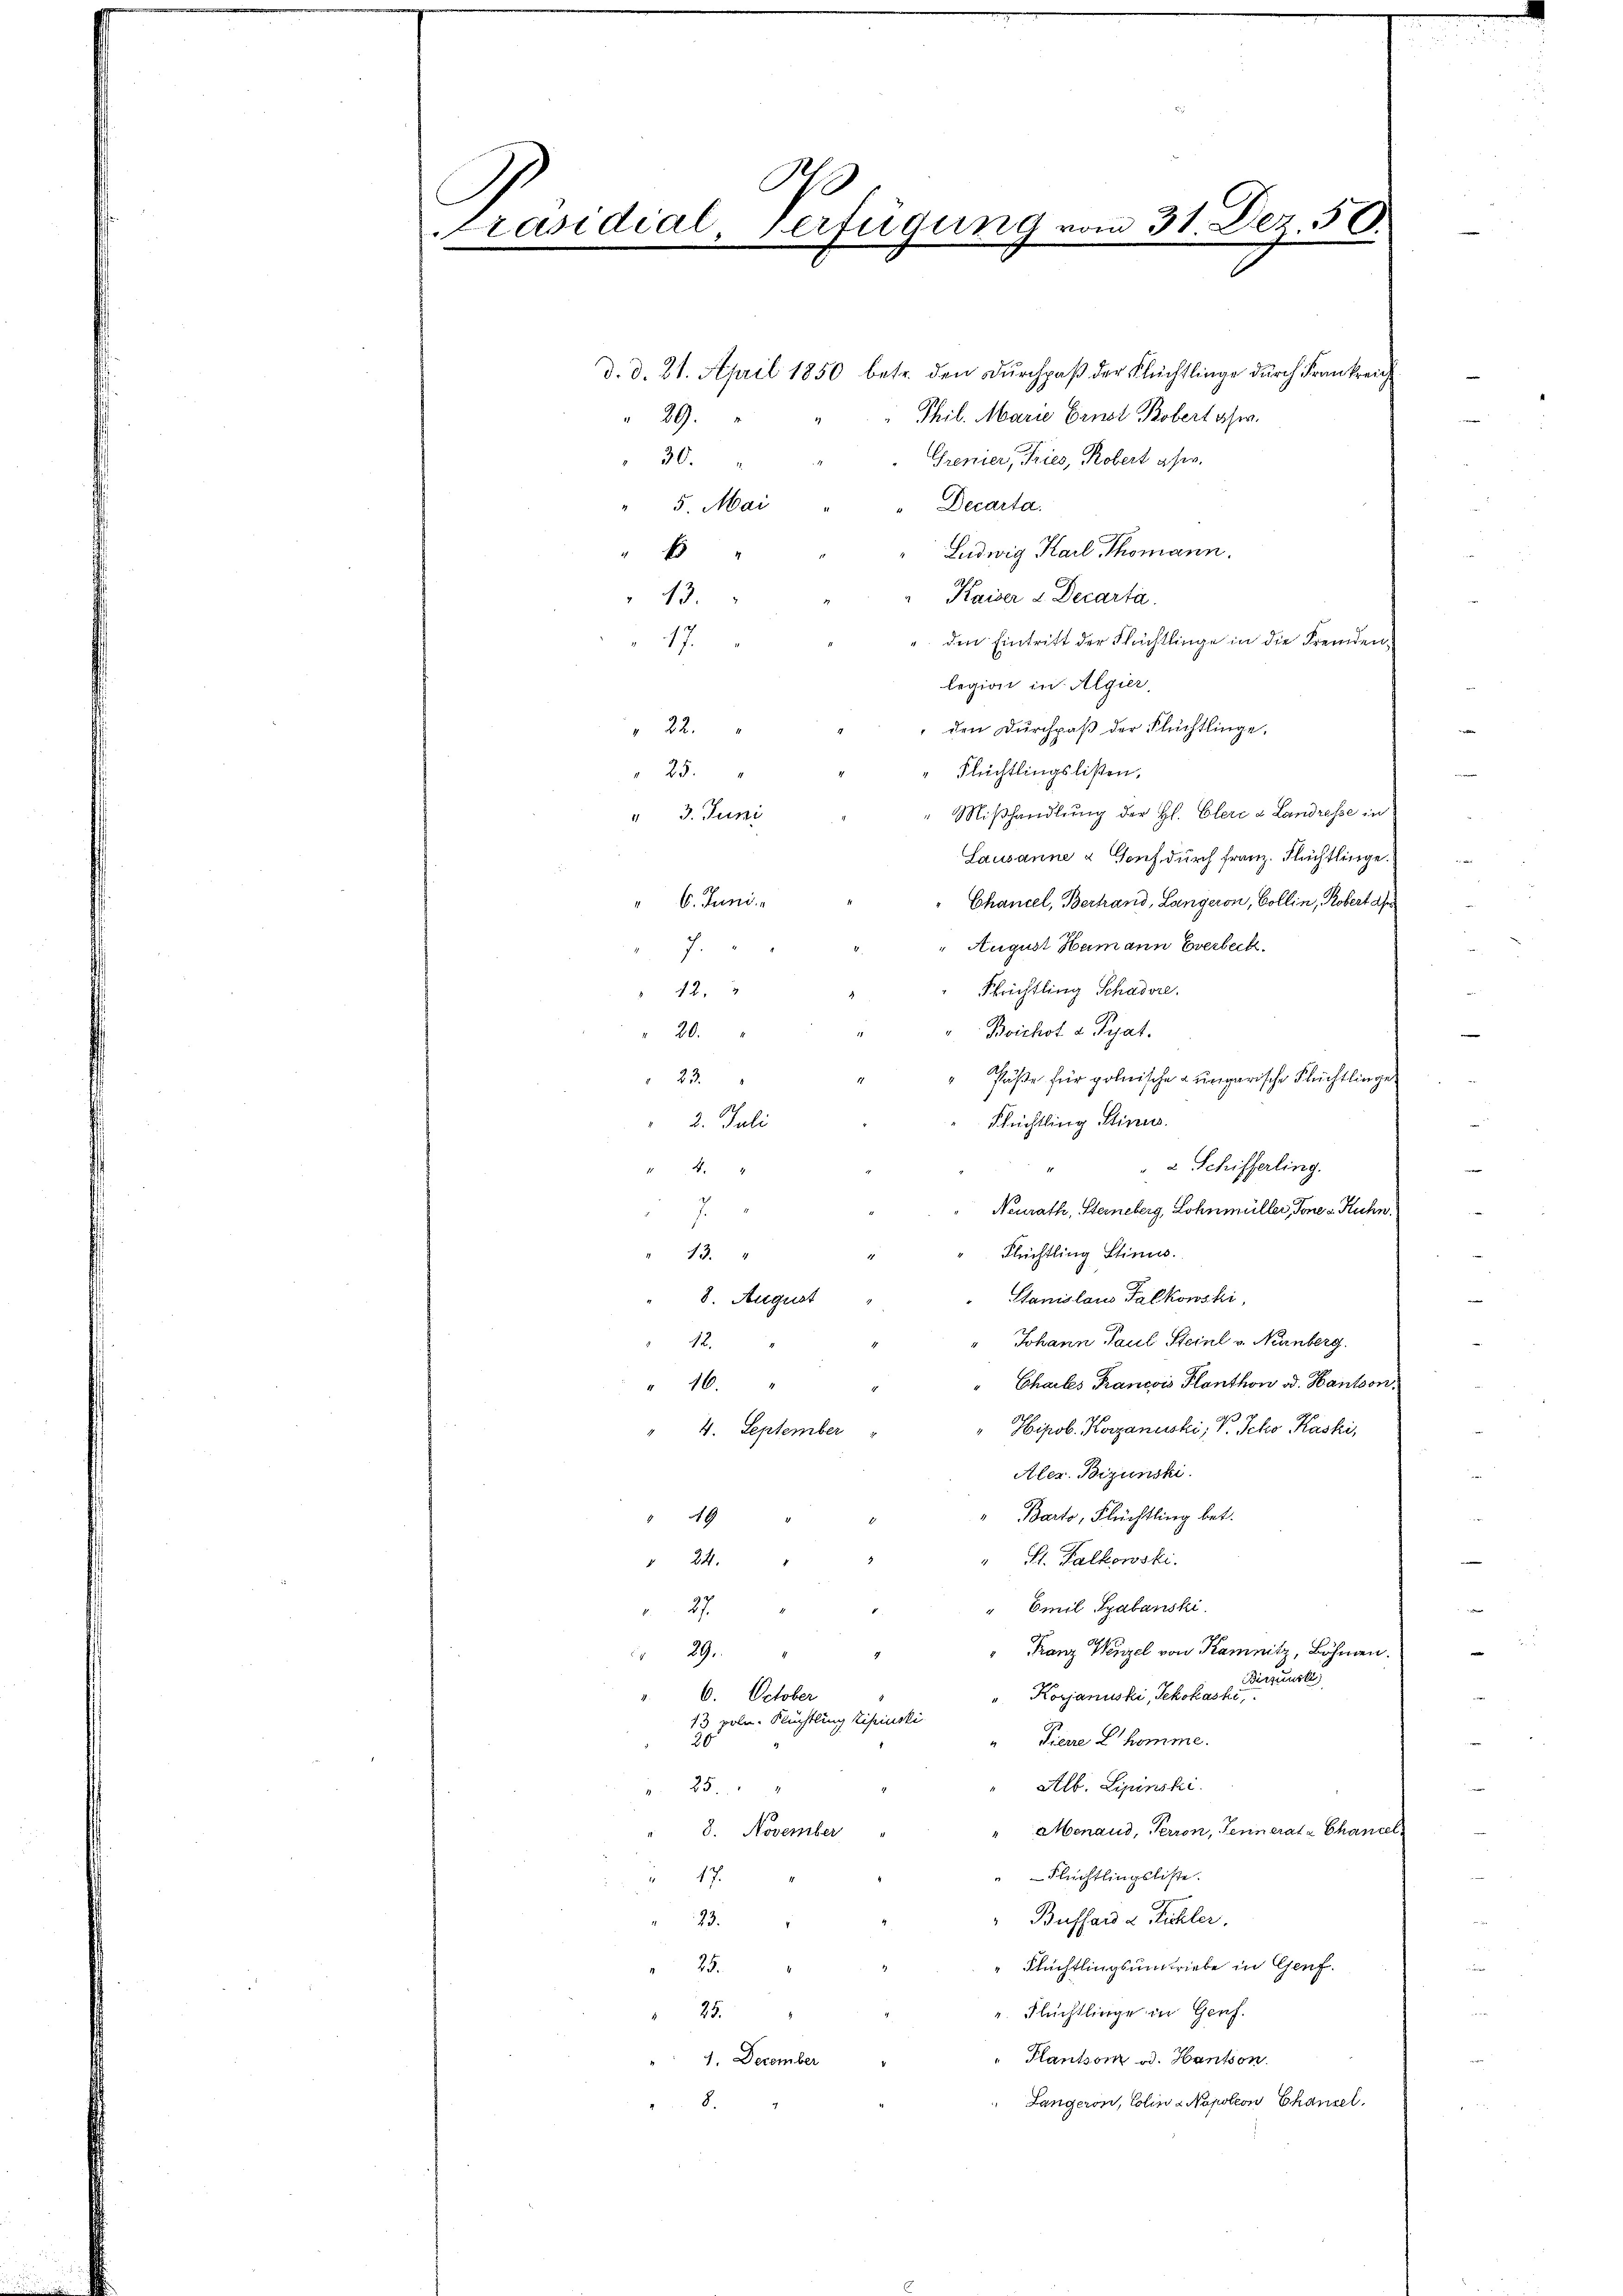
0
Präsidial-Verfügung vom 31. Dez. 56.

d. d. 21. April 1850 betr. den Durchpaß der Flüchtlinge durch Frankreich
Phil. Marie Ernst Bobert aber
29.
30.
Grenier, Tries, Robert afer.
Decarta.
5. Mai
Ludwig Karl Thomann.
1
Kaiser 2 Decarta
13.
den Eintritt der Flüchtlinge in die Fremden
17.
legion in Algier
 den Durchpaß der Flüchtlinge.
22.
Flüchtlingslisten.
25.
Mißhandlung der H. Clere a Landresse in
" 3. Juni
Lausanne & Genf durch Franz. Flüchtlinge.
6. Juni.
Chancel, Bertrand, Langeron, Collin, Robert de
August Humann Everbeck.
7.
Ffrichtling Schadere.
12.
Boichst u. Prat.
20.
Päße für polnische ungarische Flüchtlinge
23.
Flüchtling Stime.
2. Juli
2 Schifferling.
.
Neurath, Steineberg, Lohnmüller, Tone v. Kuhn.
J
Flüchtling Stimm
13.
Ganislaus Falkowski,
" 8. August
Johann Paul Steinl v. Neuenburg.
12.
" Chartes Francis Planthon od. Hantson.
" 16.
Hipob. Korzanuski, V. Jcho Kaski,
4. September
Aler. Begünsti
Barto, Flüchtling bet.
9
" St. Falkowski.
 24.
" Emil Spalanski
27.
" Franz Wenzel von Kamnitz, Böhmen.
29.
Birsunste
Korjanuski, Schokaski,
6. October
13 volu. Flüchtling Zipiuski
Pierre L. komme.
g
Alb. Lipinski
25.
Menaud, Perron, Tennerata Chancel
8. November "
"Flüchtlingsliste.
 17
" Bussard & Bühler.
23.
25.
" Flüchtlingsumstriebe in Genf.
". Flüchtlinge in Genf.
25.
Plantson od. Hantson.
1. December
8.
Langeron, Colina Napoleon Chausel,